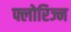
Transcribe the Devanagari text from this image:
फ्लोरिज्न